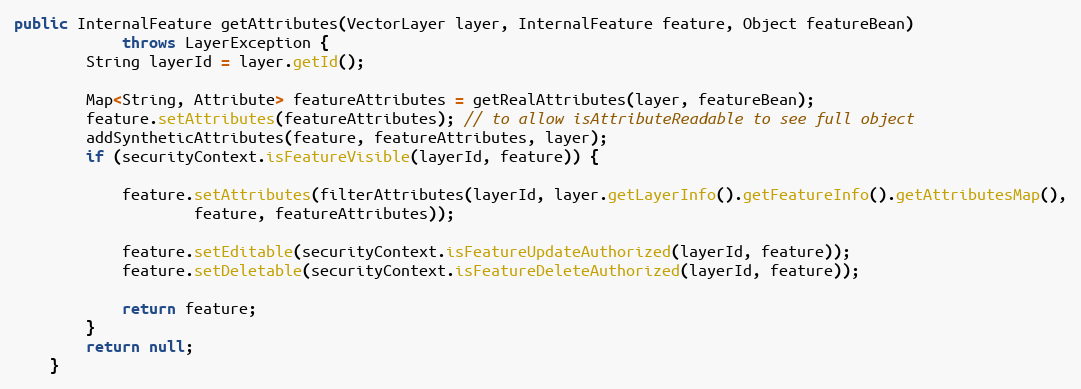
Language: Java
public InternalFeature getAttributes(VectorLayer layer, InternalFeature feature, Object featureBean)
			throws LayerException {
		String layerId = layer.getId();

		Map<String, Attribute> featureAttributes = getRealAttributes(layer, featureBean);
		feature.setAttributes(featureAttributes); // to allow isAttributeReadable to see full object
		addSyntheticAttributes(feature, featureAttributes, layer);
		if (securityContext.isFeatureVisible(layerId, feature)) {

			feature.setAttributes(filterAttributes(layerId, layer.getLayerInfo().getFeatureInfo().getAttributesMap(),
					feature, featureAttributes));

			feature.setEditable(securityContext.isFeatureUpdateAuthorized(layerId, feature));
			feature.setDeletable(securityContext.isFeatureDeleteAuthorized(layerId, feature));

			return feature;
		}
		return null;
	}